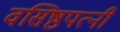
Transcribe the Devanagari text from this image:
वसिष्ठपत्नी